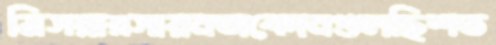
মিসরারসায়নঅবেদনগুলছিশত